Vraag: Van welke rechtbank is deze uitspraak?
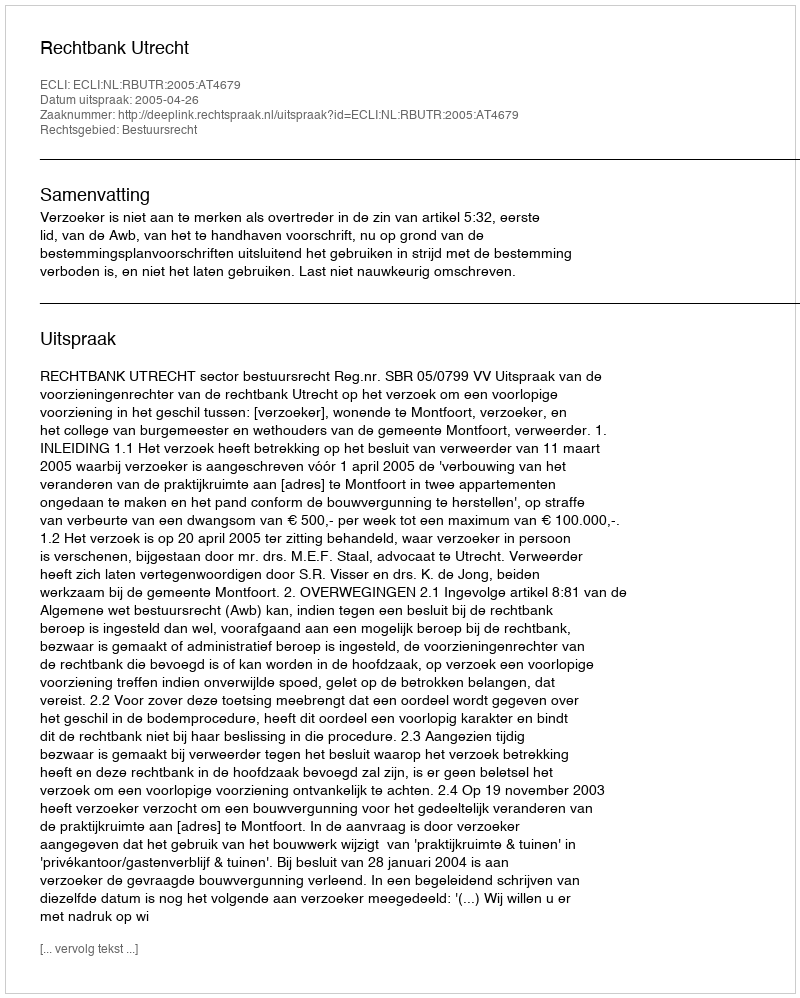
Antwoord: Rechtbank Utrecht